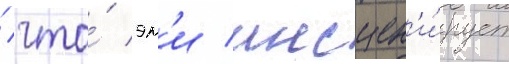
/ что́ эм'и инсцен'и́рует